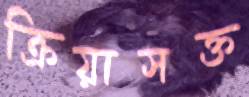
ক্রিয়াসক্ত